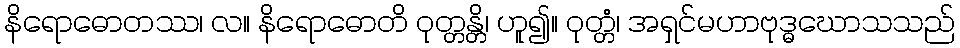
နိရောဓောတဿ၊ လ။ နိရောဓောတိ ဝုတ္တန္တိ၊ ဟူ၍။ ဝုတ္တံ၊ အရှင်မဟာဗုဒ္ဓဃောသသည်